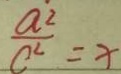
\frac { a ^ { 2 } } { c ^ { 2 } } = x